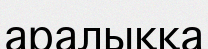
аралыққа